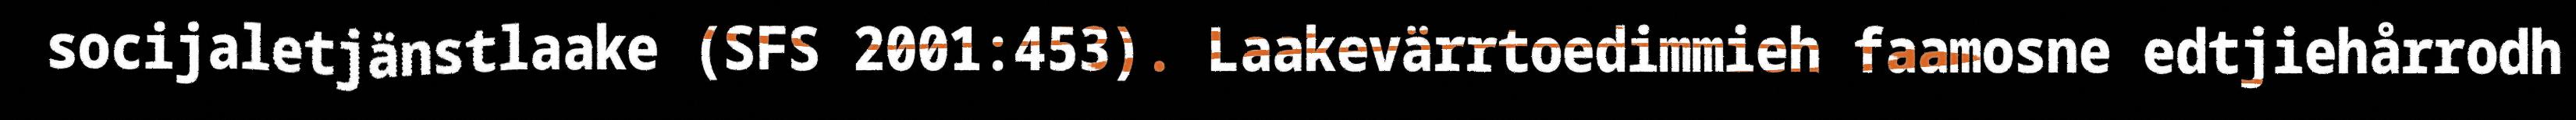
socijaletjänstlaake (SFS 2001:453). Laakevärrtoedimmieh faamosne edtjiehårrodh